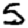
Digit: 5